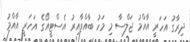
ދިރާގު އަހަރީ އާއްމު ޖަލްސާ މި މަހު ބާއްވާއިރު އެސްޓީއޯގެ އަހަރީ އާއްމު